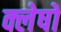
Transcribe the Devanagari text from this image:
क्लेषों